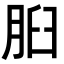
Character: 𦛓